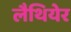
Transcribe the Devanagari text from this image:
लैथियेर